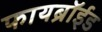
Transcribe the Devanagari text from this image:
फायब्रॉईड